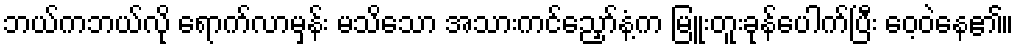
ဘယ်ကဘယ်လို ရောက်လာမှန်း မသိသော အသားကင်ညှော်နံ့က မြူးတူးခုန်ပေါက်ပြီး ဝေ့ဝဲနေ၏။